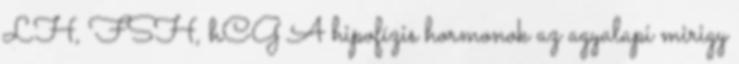
LH, FSH, hCG A hipofízis hormonok az agyalapi mirigy